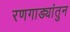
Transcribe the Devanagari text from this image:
रणगाड्यांतुन